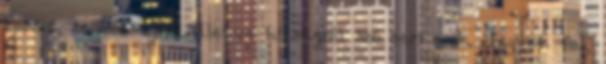
Persze, rendőrségről illetve bírságról szó sem esik. Tegyük fel,